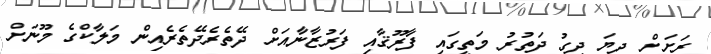
ރަށަށް ދިޔަ ދިގު ދަތުރު މަތީގައި ފާރޫޤާއި ފަރުޒާނާއަށް ދޭތެރެދޭތެރެއިން މަލާކްގެ މޫނަށް